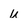
Character: U